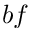
b f